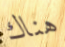
هناك